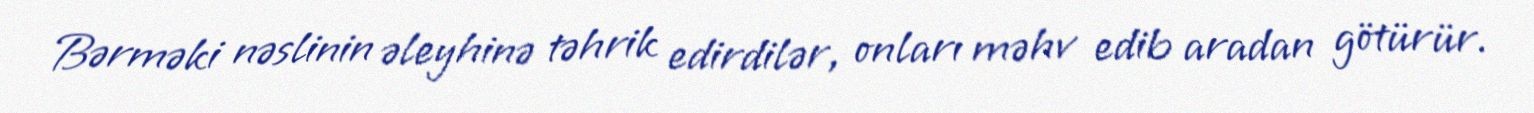
Bərməki nəslinin əleyhinə təhrik edirdilər, onları məhv edib aradan götürür.